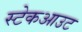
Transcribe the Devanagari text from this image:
स्टेकआउट